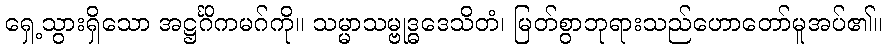
ရှေ့သွားရှိသော အဋ္ဌင်္ဂိကမဂ်ကို။ သမ္မာသမ္ဗုဒ္ဓဒေသိတံ၊ မြတ်စွာဘုရားသည်ဟောတော်မူအပ်၏။